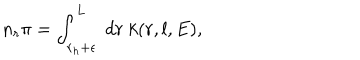
n _ { r } \pi = \int _ { r _ { h } + \epsilon } ^ { L } ~ d r ~ k ( r , l , E ) ,